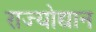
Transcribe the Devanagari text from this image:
राज्योद्यान